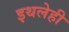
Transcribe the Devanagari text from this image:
इथलेही